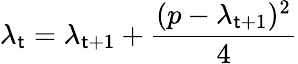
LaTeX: \lambda_{\mathsf{t}}=\lambda_{\mathsf{t}+1}+{\frac{{(p-\lambda_{\mathsf{t}+1})^{2}}}{{4}}}